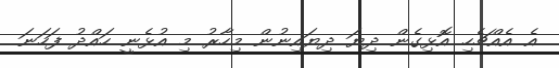
އެ އެއްޗެހި އޮޅިގެން ދިޔަ ދިޔައިނުން މިހާރު މި އުޅެނީ ހައްދު ފަހަނަ